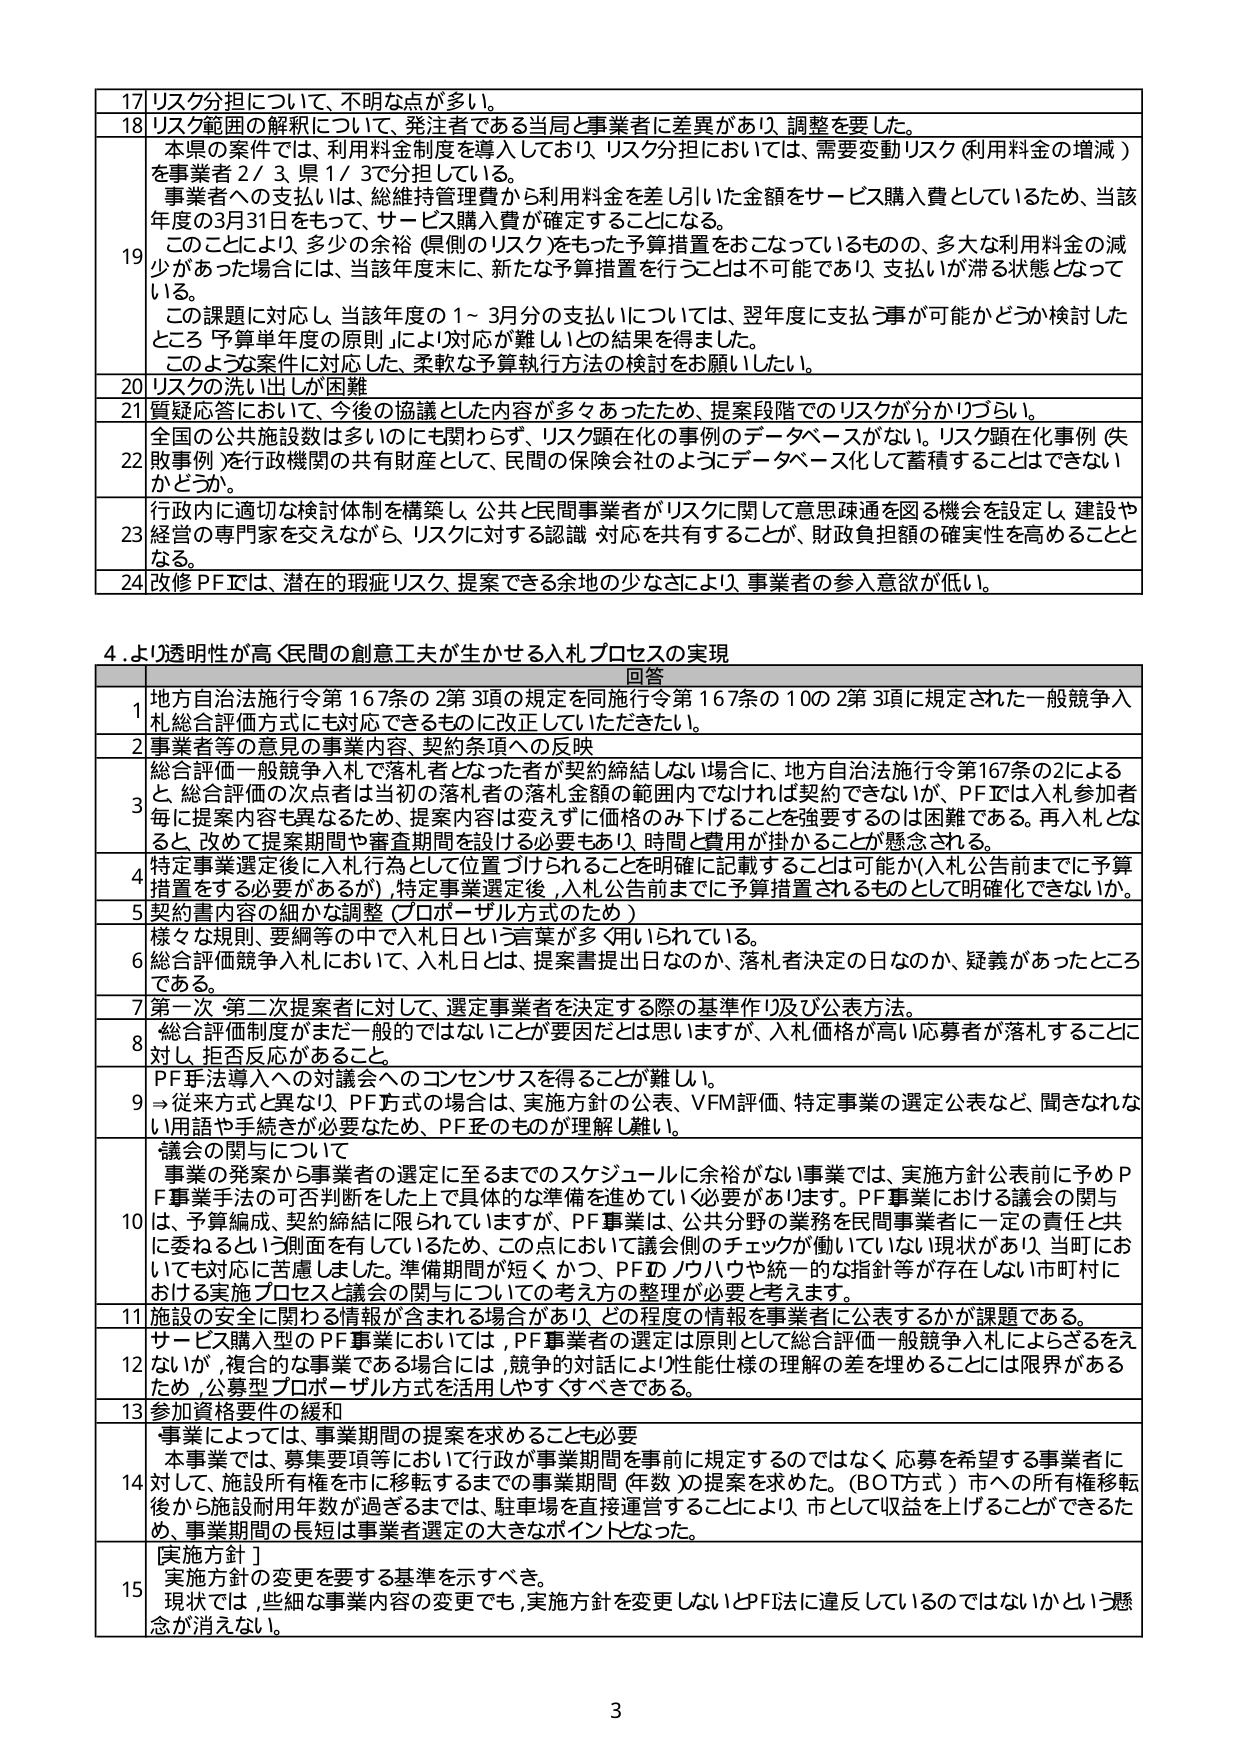
17 リスク分担について、不明な点が多い。

18 リスク範囲の解釈について、発注者である当局と事業者に差異があり、調整を要した。

19 本県の案件では、利用料金制度を導入しており、リスク分担においては、需要変動リスク（利用料金の増減）を事業者2/3、県1/3で分担している。
事業者への支払いは、総維持管理費から利用料金を差し引いた金額をサービス購入費としているため、当該年度の3月31日をもって、サービス購入費が確定することになる。
このことにより、多少の余裕（県側のリスク）をもった予算措置をおこなっているものの、多大な利用料金の減少があった場合には、当該年度末に、新たな予算措置を行うことは不可能であり、支払いが滞る状態となってしまう。
この課題に対応し、当該年度の1～3月分の支払いについては、翌年度に支払う事が可能かどうか検討したところ「予算単年度の原則」により対応が難しいとの結果を得ました。
このような案件に対応した、柔軟な予算執行方法の検討をお願いしたい。

20 リスクの洗い出しが困難

21 質疑応答において、今後の協議とした内容が多々あったため、提案段階でのリスクが分かりづらい。

22 全国の公共施設数は多いのにも関わらず、リスク顕在化の事例のデータベースがない。リスク顕在化事例（失敗事例）を行政機関の共有財産として、民間の保険会社のようにデータベース化して蓄積することはできないかどうか。

23 行政内に適切な検討体制を構築し、公共と民間事業者がリスクに関して意思疎通を図る機会を設定し、建設や経営の専門家を交えながら、リスクに対する認識・対応を共有することが、財政負担額の確実性を高めることとなる。

24 改修PFICは、潜在的瑕疵リスク、提案できる余地の少なさにより、事業者の参入意欲が低い。

4. より透明性が高く民間の創意工夫が生かせる入札プロセスの実現

回答

1 地方自治法施行令第167条の2第3項の規定を同施行令第167条の10の2第3項に規定された一般競争入札総合評価方式にも対応できるものに改正していただきたい。

2 事業者等の意見の事業内容、契約条項への反映

3 総合評価一般競争入札で落札者となった者が契約締結しない場合に、地方自治法施行令第167条の2による と、総合評価の決否者は当初の落札者の落札金額の範囲内ではなければ契約できないが、PFICは入札参加者毎に提案内容も異なるため、提案内容は変えずに価格のみ下げることを強要するのは困難である。再入札となると、改めて提案期間や審査期間を設ける必要もあり、時間と費用が掛かることが懸念される。

4 特定事業選定後に入札行為として位置づけられることを明確に記載することは可能か（入札公告前までに予算措置をする必要があるか）。特定事業選定後、入札公告前までに予算措置されるものとして明確化できないか。

5 契約書内容の細かな調整（プロポーザル方式のため）

6 様々な規則、要綱等の中で入札日という言葉が多く用いられている。
総合評価競争入札において、入札日とは、提案書提出日なのか、落札者決定の日なのか、疑義があったところである。

7 第一次・第二次提案者に対して、選定事業者を決定する際の基準作り及び公表方法。

8 総合評価制度がまだ一般的ではないことが要因だとは思いますが、入札価格が高い応募者が落札することに対し、拒否反応があること。

9 PF手法導入への対議会へのコンセンサスを得ることが難しい。
→従来方式と異なり、PF方式の場合は、実施方針の公表、VFM評価、特定事業の選定公表など、聞きなれない用語や手続が必要なため、PFそのものが理解し難い。

10 議会の関与について
事業の発案から事業者の選定に至るまでのスケジュールに余裕がない事業では、実施方針公表前に予めPF事業手法の可否判断をした上で具体的な準備を進めていく必要があります。PF事業における議会の関与は、予算編成、契約締結に限られていますが、PF事業は、公共分野の業務を民間事業者に一定の責任と共に委ねるという側面を有しているため、この点において議会側のチェックが働いていない現状があり、当町においても対応に苦慮しました。準備期間が短く、かつ、PFのノウハウや統一的な指針等が存在しない市町村における実施プロセスと議会の関与についての考え方の整理が必要と考えます。

11 施設の安全に関わる情報が含まれる場合があり、どの程度の情報を事業者に公表するかが課題である。

12 サービス購入型のPF事業においては、PF事業者の選定は原則として総合評価一般競争入札によるべきでないが、複合的な事業である場合には、競争的対話により性能仕様の理解の差を埋めることは限界があるため、公募型プロポーザル方式を活用しやすくすべきである。

13 参加資格要件の緩和

14 事業によっては、事業期間の提案を求めることも必要
本事業では、募集要項等において行政が事業期間を事前に規定するのではなく、応募を希望する事業者に対して、施設所有権を市に移転するまでの事業期間（年数）の提案を求めた。（BOT方式）市への所有権移転後から施設耐用年数が過ぎるまでは、駐車場を直接運営することにより、市として収益を上げることができるため、事業期間の長短は事業者選定の大きなポイントとなった。

15 [実施方針]
実施方針の変更を要する基準を示すべき。
現状では、些細な事業内容の変更でも、実施方針を変更しないとPF法に違反しているのではないかという懸念が消えない。

3